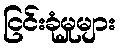
ငြင်းခုံမှုများ